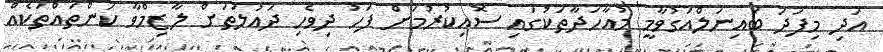
އަދި މިފަދަ ބައިނަލްއަގުވާމީ މުއާހަދާތަކުގައި ސޮއިކުރުމަށް ފަހު ދިވެހި ދައުލަތަށް ލާޒިމްވާ ކަންތައްތަކެއް